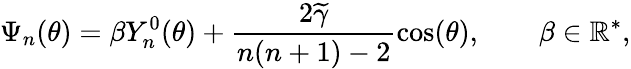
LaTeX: \Psi_{n}(\theta)=\beta Y_{n}^{0}(\theta)+\frac{2\widetilde{\gamma}}{n(n+1)-2}\cos(\theta),\qquad\beta\in\mathbb{R}^{*},